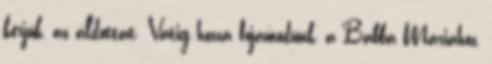
kérjük, az áldottat. Vátig hozzá fojamodunk, a Babba Máriához,